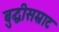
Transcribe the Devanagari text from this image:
बुद्धीसम्राट